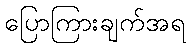
ပြောကြားချက်အရ